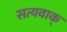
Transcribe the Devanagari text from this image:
सत्यवाक्‌